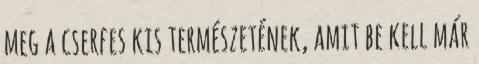
meg a cserfes kis természetének, amit be kell már